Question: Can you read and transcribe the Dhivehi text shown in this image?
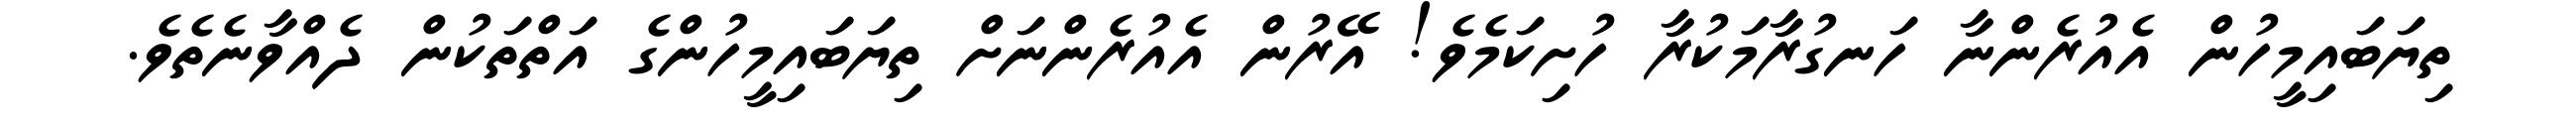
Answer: ތިޔަބައިމީހުން އެއުރެންނާ ހަނގުރާމަކުރާ ހުށިކަމެވެ! އޭރުން އެއުރެންނަށް ތިޔަބައިމީހުންގެ އަތްތަކުން ދެއްވާނެތެވެ.